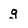
Character: g